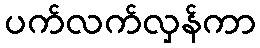
ပက်လက်လှန်ကာ